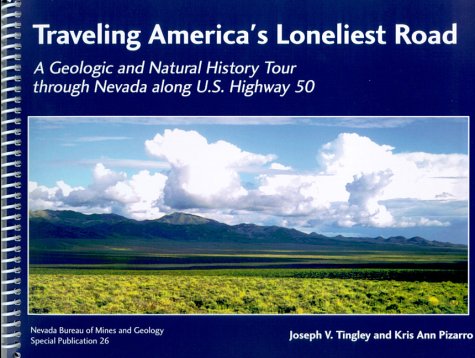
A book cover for Traveling America's Loneliest Road: A Geologic and Natural History Tour through Nevada along U.S. Highway 50; Joseph V. Tingley; Travel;